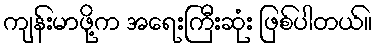
ကျန်းမာဖို့က အရေးကြီးဆုံး ဖြစ်ပါတယ်။